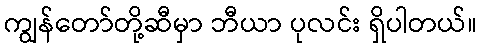
ကျွန်တော်တို့ဆီမှာ ဘီယာ ပုလင်း ရှိပါတယ်။